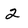
Character: 2